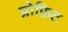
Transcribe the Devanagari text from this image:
प्रोफ़िट